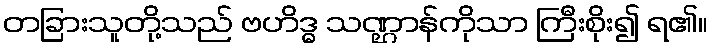
တခြားသူတို့သည် ဗဟိဒ္ဓ သဏ္ဌာန်ကိုသာ ကြီးစိုး၍ ရ၏။